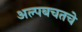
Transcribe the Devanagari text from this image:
अल्पबचतचे